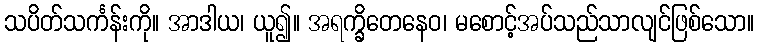
သပိတ်သင်္ကန်းကို။ အာဒါယ၊ ယူ၍။ အရက္ခိတေနေဝ၊ မစောင့်အပ်သည်သာလျင်ဖြစ်သော။